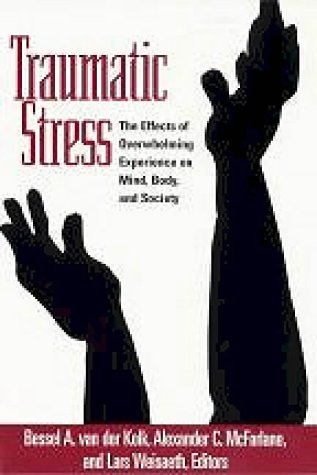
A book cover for Traumatic Stress: The Effects of Overwhelming Experience on Mind, Body, and Society; Health, Fitness & Dieting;